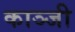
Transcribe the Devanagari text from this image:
काञ्जी